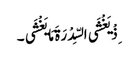
ِذْ یَغْشَی السِّدْرَةَ مَا یَغْشَی ۔